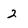
Character: 2